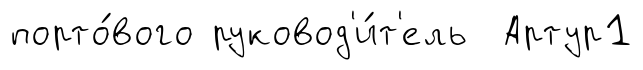
порто́вого руковод'и́т'ель Артур1